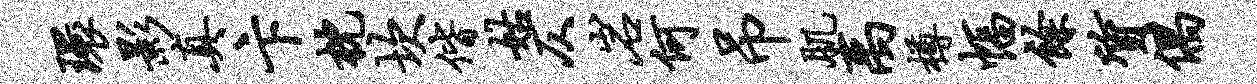
环影真卞枕坎偕姑仄岩何吊肌禹樽幅余质偶